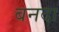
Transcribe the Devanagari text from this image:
बनदा